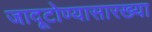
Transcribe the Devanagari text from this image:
जादूटोण्यासारख्या